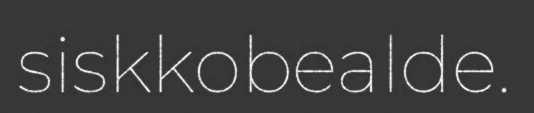
siskkobealde.